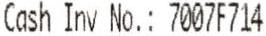
CASH INV NO.: 7007F714